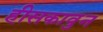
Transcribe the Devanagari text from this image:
हीसकावुन